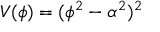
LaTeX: V ( \phi ) = ( \phi ^ { 2 } - \alpha ^ { 2 } ) ^ { 2 }